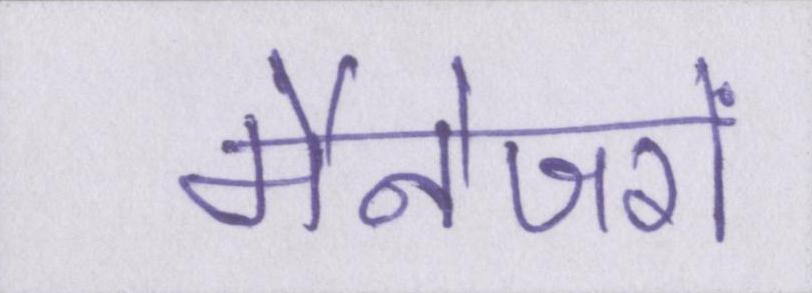
मैनेजरों